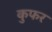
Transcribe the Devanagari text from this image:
कुफर